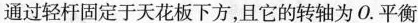
通过轻杆固定于天花板下方，且它的转轴为0.平衡